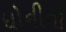
ધોનીનો